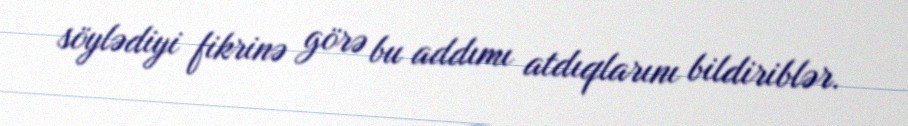
söylədiyi fikrinə görə bu addımı atdıqlarını bildiriblər.